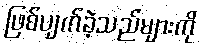
ဖြစ်ပျက်ခဲ့သည်များကို